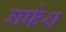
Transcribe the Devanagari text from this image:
गर्फथ